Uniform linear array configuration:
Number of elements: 8
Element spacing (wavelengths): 0.25
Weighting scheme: kaiser
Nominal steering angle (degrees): -30
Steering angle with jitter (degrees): -30.938
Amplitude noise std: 0.05
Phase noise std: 0.05

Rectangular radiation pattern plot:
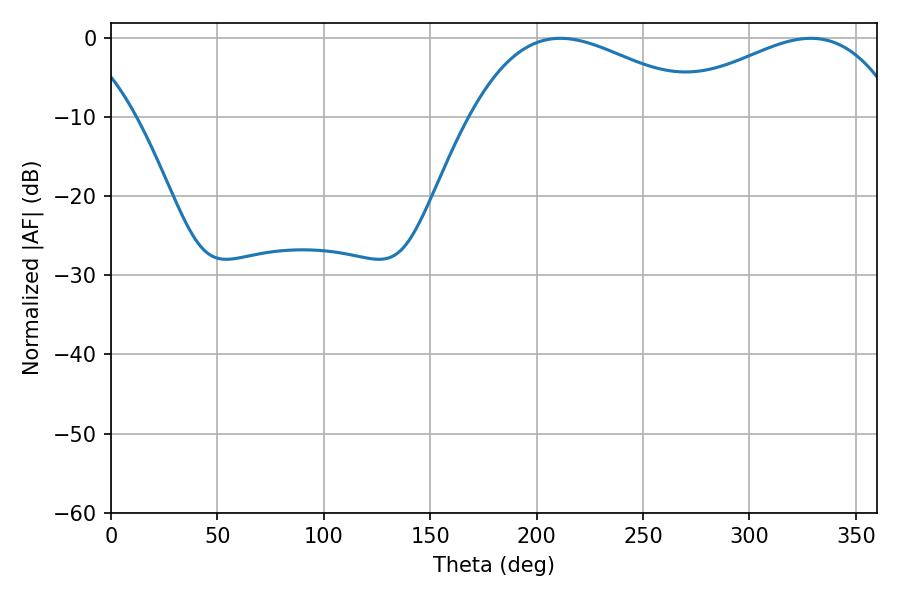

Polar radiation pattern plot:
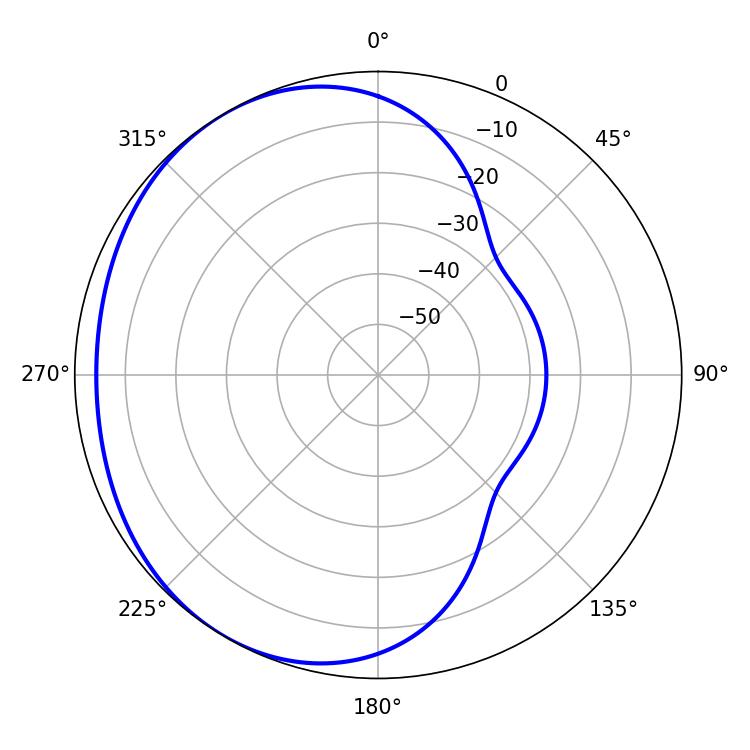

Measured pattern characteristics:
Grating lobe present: FALSE
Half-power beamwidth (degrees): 61.2
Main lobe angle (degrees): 211.14